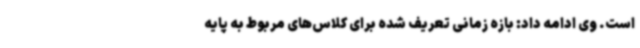
است. وی ادامه داد: بازه زمانی تعریف شده برای کلاس‌های مربوط به پایه